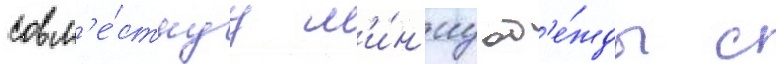
совм'е́стнуу л'и́н'иу од'е́жды с